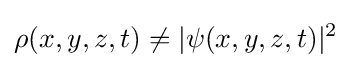
\rho (x,y,z,t)\neq |\psi (x,y,z,t)|^{2}